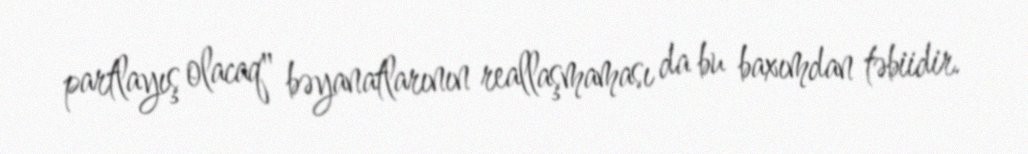
partlayış olacaq" bəyanatlarının reallaşmaması da bu baxımdan təbiidir.